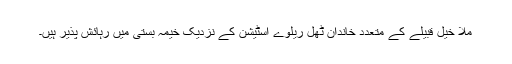
ملا خیل قبیلے کے متعدد خاندان ٹھل ریلوے اسٹیشن کے نزدیک خیمہ بستی میں رہائش پذیر ہیں۔